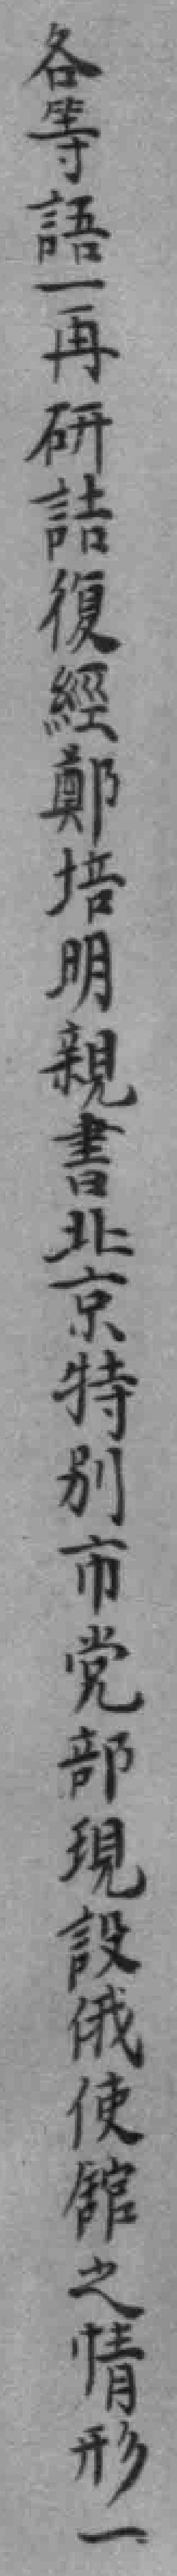
各等語一再研詰復經鄭培明親書北京特别市党部現設俄使館之情形一